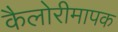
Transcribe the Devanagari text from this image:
कैलोरीमापक